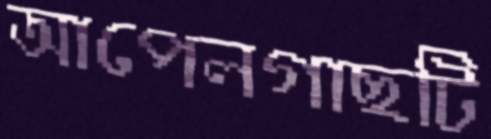
আপেলগাছটি